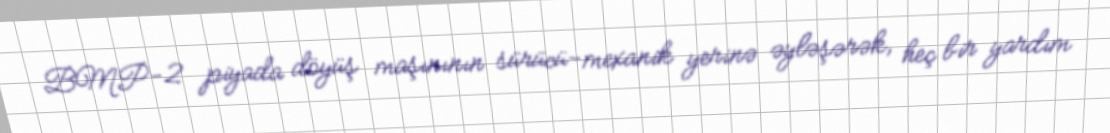
BMP-2 piyada döyüş maşınının sürücü-mexanik yerinə əyləşərək, heç bir yardım